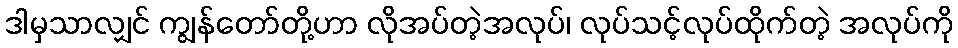
ဒါမှသာလျှင် ကျွန်တော်တို့ဟာ လိုအပ်တဲ့အလုပ်၊ လုပ်သင့်လုပ်ထိုက်တဲ့ အလုပ်ကို